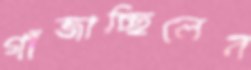
গাঁজাচ্ছিলেন